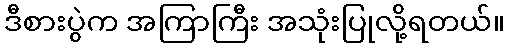
ဒီစားပွဲက အကြာကြီး အသုံးပြုလို့ရတယ်။